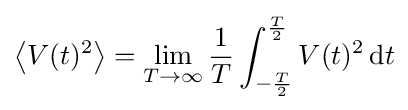
\left\langle V(t)^{2}\right\rangle =\lim _{T\to \infty }{\frac {1}{T}}\int _{-{\frac {T}{2}}}^{\frac {T}{2}}V(t)^{2}\,{\rm {d}}t